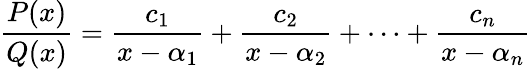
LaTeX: {\frac{P(x)}{Q(x)}}={\frac{c_{1}}{x-\alpha_{1}}}+{\frac{c_{2}}{x-\alpha_{2}}}+\cdots+{\frac{c_{n}}{x-\alpha_{n}}}